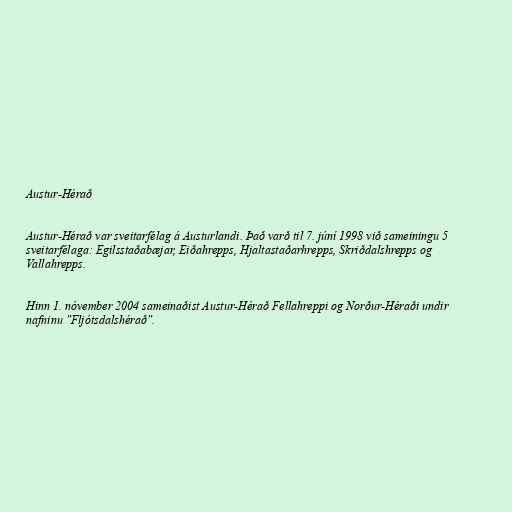
Austur-Hérað

Austur-Hérað var sveitarfélag á Austurlandi. Það varð til 7. júní 1998 við sameiningu 5
sveitarfélaga: Egilsstaðabæjar, Eiðahrepps, Hjaltastaðarhrepps, Skriðdalshrepps og
Vallahrepps.

Hinn 1. nóvember 2004 sameinaðist Austur-Hérað Fellahreppi og Norður-Héraði undir
nafninu "Fljótsdalshérað".